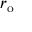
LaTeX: r _ { \mathrm { o } }